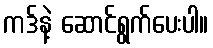
ကဒ်နဲ့ ဆောင်ရွက်ပေးပါ။